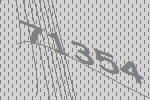
71354